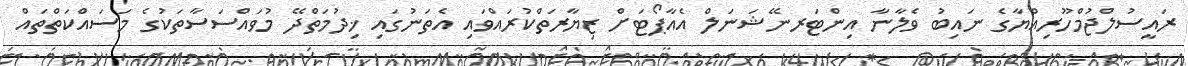
ރައީސުލްޖުމްހޫރިއްޔާގެ ނައިބު ވެލާނާ އިންޓަރނޭޝަނަލް އެއާޕޯޓަށް ޒިޔާރަތްކުރައްވައި އެތަނުގައި ޚިދުމަތްދޭ މުވައްސަސާތަކުގެ މަސައްކަތްތައް